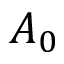
A _ { 0 }